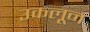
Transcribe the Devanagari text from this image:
उकलून